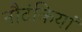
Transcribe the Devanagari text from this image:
नौटंकियां